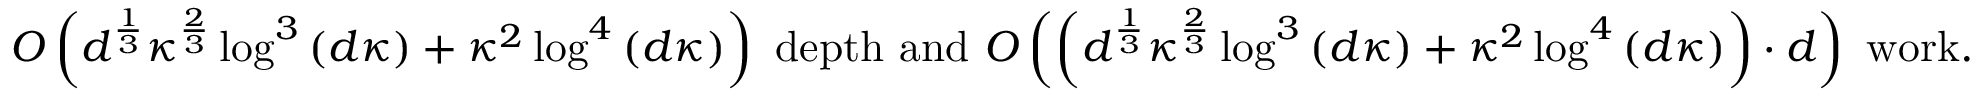
O \left( d ^ { \frac 1 3 } \kappa ^ { \frac 2 3 } \log ^ { 3 } \left( d \kappa \right) + \kappa ^ { 2 } \log ^ { 4 } \left( d \kappa \right) \right) \mathrm { ~ d e p t h ~ a n d ~ } O \left( \left( d ^ { \frac 1 3 } \kappa ^ { \frac 2 3 } \log ^ { 3 } \left( d \kappa \right) + \kappa ^ { 2 } \log ^ { 4 } \left( d \kappa \right) \right) \cdot d \right) \mathrm { ~ w o r k } .